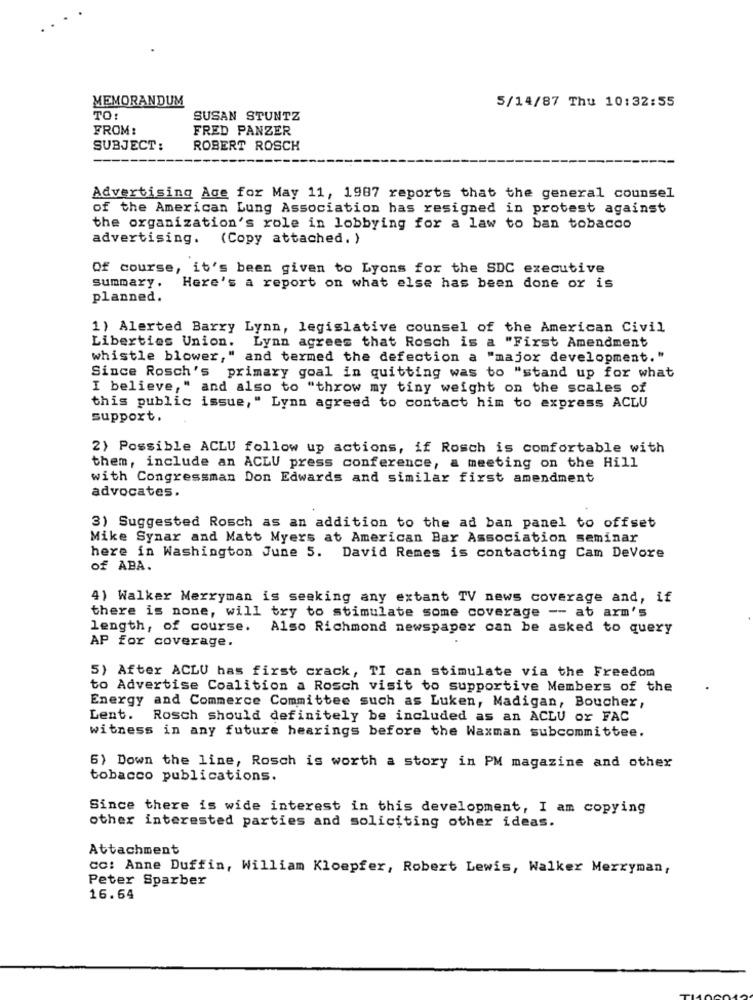
MEMORANDUM
5/14/87 Thu 10:32:55
TO:
SUSAN STUNTZ
FROM:
FRED PANZER
SUBJECT:
ROBERT ROSCH
Advertising Age for May 11, 1987 reports that the general counsel
of the American Lung Association has resigned in protest against
the organization's role in lobbying for a law to ban tobacco
advertising. (Copy attached. )
Of course, it's been given to Lyons for the SDC executive
summary. Here's a report on what else has been done or is
planned.
1) Alerted Barry Lynn, legislative counsel of the American Civil
Liberties Union. Lynn agrees that Rosch is a "First Amendment
whistle blower," and termed the defection a "major development."
Since Rosch's primary goal in quitting was to "stand up for what
I believe," and also to "throw my tiny weight on the scales of
this public issue," Lynn agreed to contact him to express ACLU
support.
2) Possible ACLU follow up actions, if Rosch is comfortable with
them, include an ACLU press conference, a meeting on the Hill
with Congressman Don Edwards and similar first amendment
advocates.
3) Suggested Rosch as an addition to the ad ban panel to offset
Mike Synar and Matt Myers at American Bar Association seminar
here in Washington June 5. David Remes is contacting Cam DeVore
of ABA.
4) Walker Merryman is seeking any extant TV news coverage and, if
there is none, will try to stimulate some coverage -- at arm's
length, of course. Also Richmond newspaper can be asked to query
AP for coverage.
5) After ACLU has first crack, TI can stimulate via the Freedom
to Advertise Coalition a Rosch visit to supportive Members of the
Energy and Commerce Committee such as Luken, Madigan, Boucher,
Lent. Rosch should definitely be included as an ACLU or FAC
witness in any future hearings before the Waxman subcommittee.
6) Down the line, Rosch is worth a story in PM magazine and other
tobacco publications.
Since there is wide interest in this development, I am copying
other interested parties and soliciting other ideas.
Attachment
CC: Anne Duffin, William Kloepfer, Robert Lewis, Walker Merryman,
Peter Sparber
16.64